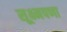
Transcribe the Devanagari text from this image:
सूक्ष्मपणा